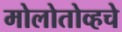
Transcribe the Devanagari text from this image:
मोलोतोव्हचे